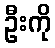
ဦးကို